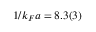
1 / k _ { F } a = 8 . 3 ( 3 )